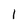
Character: 1